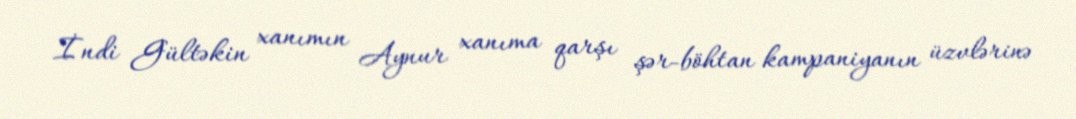
İndi Gültəkin xanımın Aynur xanıma qarşı şər-böhtan kampaniyanın üzvlərinə